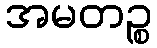
အမတဉ္စ